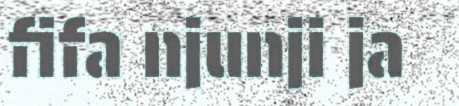
fifa njunji ja